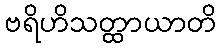
ဗရိဟိသတ္ထာယာတိ